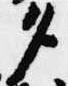
タ